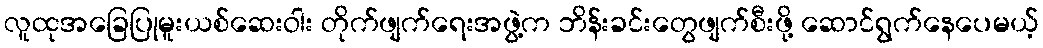
လူထုအခြေပြုမူးယစ်ဆေးဝါး တိုက်ဖျက်ရေးအဖွဲ့က ဘိန်းခင်းတွေဖျက်စီးဖို့ ဆောင်ရွက်နေပေမယ့်